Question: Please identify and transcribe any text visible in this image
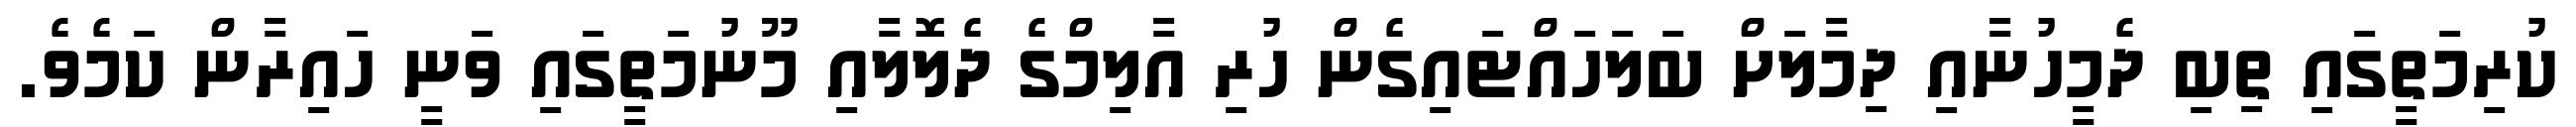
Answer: ކުރިމަތީގައި ތިބި ދެމީހުނާއި ދިމާލަށް ބަލަހައްޓައިގެން ހުރި އާލިމްގެ ދެލޮލާއި މޫނުމަތީގައި ވަނީ ހައިރާން ކަމެވެ.